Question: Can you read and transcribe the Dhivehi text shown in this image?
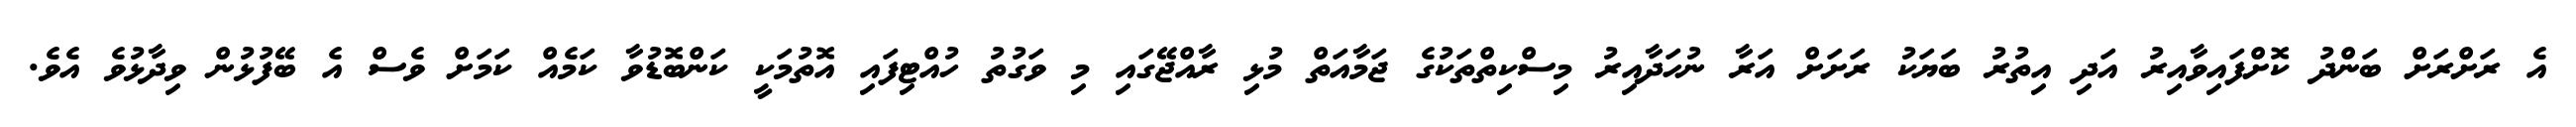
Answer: އެ ރަށްރަށް ބަންދު ކޮށްފައިވާއިރު އަދި އިތުރު ބަޔަކު ރަށަށް އަރާ ނުހަދާއިރު މިސްކިތްތަކުގެ ޖަމާއަތް މުޅި ރާއްޖޭގައި މި ވަގުތު ހުއްޓިފައި އޮތުމަކީ ކަންބޮޑުވާ ކަމެއް ކަމަށް ވެސް އެ ބޭފުޅުން ވިދާޅުވެ އެވެ.